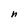
Character: n